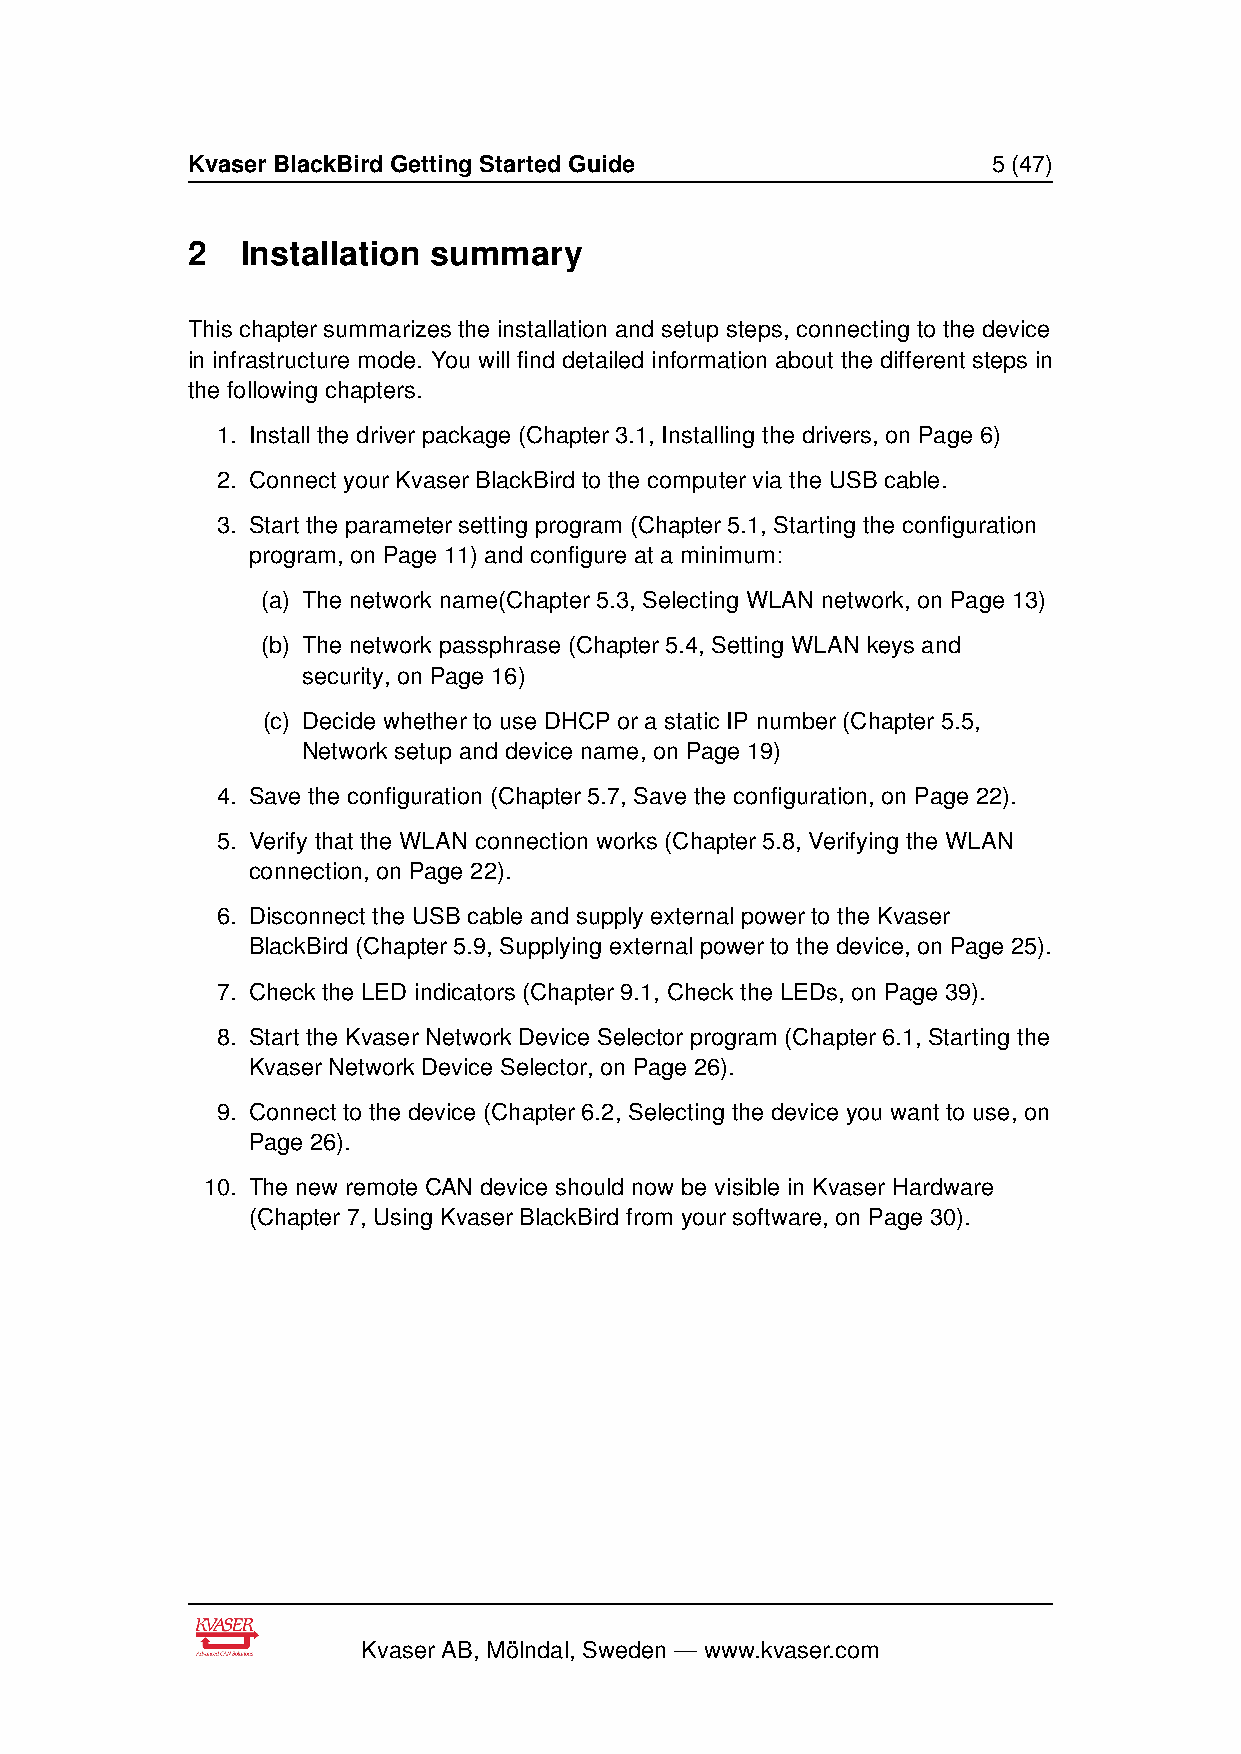
Kvaser BlackBird Getting Started Guide                5 (47)
 2   Installation summary
 This chapter summarizes the installation and setup steps, connecting to the device
 in infrastructure mode. You will find detailed information about the different steps in
 the following chapters.
 1. Install the driver package (Chapter 3.1, Installing the drivers, on Page 6)
 2. Connect your Kvaser BlackBird to the computer via the USB cable.
 3. Start the parameter setting program (Chapter 5.1, Starting the configuration
 program, on Page 11) and configure at a minimum:
 (a) The network name(Chapter 5.3, Selecting WLAN network, on Page 13)
 (b) The network passphrase (Chapter 5.4, Setting WLAN keys and
 security, on Page 16)
 (c) Decide whether to use DHCP or a static IP number (Chapter 5.5,
 Network setup and device name, on Page 19)
 4. Save the configuration (Chapter 5.7, Save the configuration, on Page 22).
 5. Verify that the WLAN connection works (Chapter 5.8, Verifying the WLAN
 connection, on Page 22).
 6. Disconnect the USB cable and supply external power to the Kvaser
 BlackBird (Chapter 5.9, Supplying external power to the device, on Page 25).
 7. Check the LED indicators (Chapter 9.1, Check the LEDs, on Page 39).
 8. Start the Kvaser Network Device Selector program (Chapter 6.1, Starting the
 Kvaser Network Device Selector, on Page 26).
 9. Connect to the device (Chapter 6.2, Selecting the device you want to use, on
 Page 26).
 10. The new remote CAN device should now be visible in Kvaser Hardware
 (Chapter 7, Using Kvaser BlackBird from your software, on Page 30).
 Kvaser AB, Mölndal, Sweden — www.kvaser.com